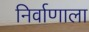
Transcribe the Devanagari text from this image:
निर्वाणाला